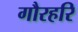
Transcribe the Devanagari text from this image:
गौरहरि